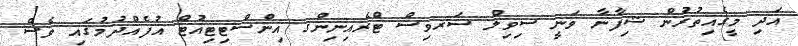
އަދި މީގެއިތުރުން ޝިފާނާ ވަނީ ސިވިލް ސަރވިސް ޓްރެއިނިންގ އިންސްޓިޓިއުޓް އުފެއްދުމުގައި ވެސް